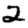
Digit: 2